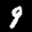
Label: 9